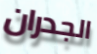
الجدران